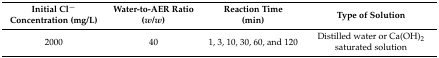
<table><thead><tr><td><b>Initial Cl<sup>−</sup> Concentration (mg/L)</b></td><td><b>Water-to-AER Ratio (<i>w</i>/<i>w</i>)</b></td><td><b>Reaction Time (min)</b></td><td><b>Type of Solution</b></td></tr></thead><tbody><tr><td>2000</td><td>40</td><td>1, 3, 10, 30, 60, and 120</td><td>Distilled water or Ca(OH)<sub>2</sub> saturated solution</td></tr></tbody></table>